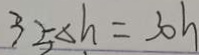
3 5 \Delta h = 3 0 h